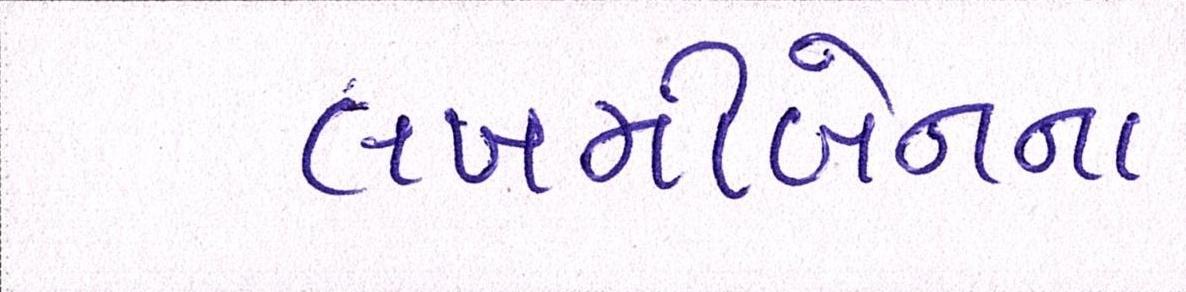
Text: લખમીબેનના